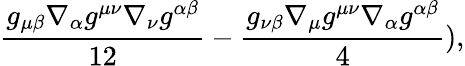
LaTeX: \frac{g_{\mu\beta}\nabla_{\alpha}g^{\mu\nu}\nabla_{\nu}g^{\alpha\beta}}{12}-\frac{g_{\nu\beta}\nabla_{\mu}g^{\mu\nu}\nabla_{\alpha}g^{\alpha\beta}}{4}),